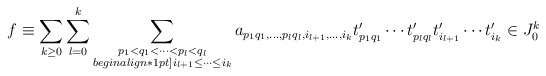
\begin{align*} f \equiv \sum_{k \geq 0} \sum_{l=0}^k \sum_{\substack{p_1<q_1<\cdots<p_l<q_l \\begin{align*}1pt] i_{l+1} \leq \cdots \leq i_k}} a_{p_1q_1,\ldots, p_lq_l, i_{l+1}, \ldots, i_{k}} t_{p_1q_1}' \cdots t_{p_lq_l}'t_{i_{l+1}}' \cdots t_{i_k}' \in J_0^k \end{align*}